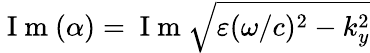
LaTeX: \mathrm{~I~m~}(\alpha)=\mathrm{~I~m~}\sqrt{\varepsilon(\omega/c)^{2}-k_{y}^{2}}